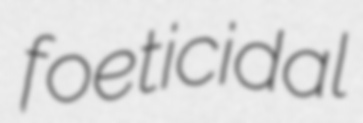
foeticidal